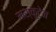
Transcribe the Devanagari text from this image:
मस्कुटेन